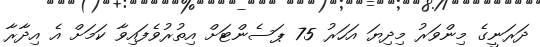
ދަރަނީގެ މިންވަރު މިދިޔަ އަހަރު 75 ޕަސެންޓަށް އިތުރުވެފައިވާ ކަމަށް އެ އިދާރާ